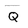
Character: Q